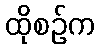
ထိုစဉ်က